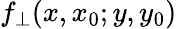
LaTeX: f_{\bot}(x,x_{0};y,y_{0})